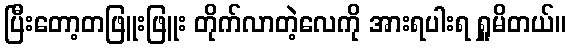
ပြီးတော့တဖြူးဖြူး တိုက်လာတဲ့လေကို အားရပါးရ ရှူမိတယ်။